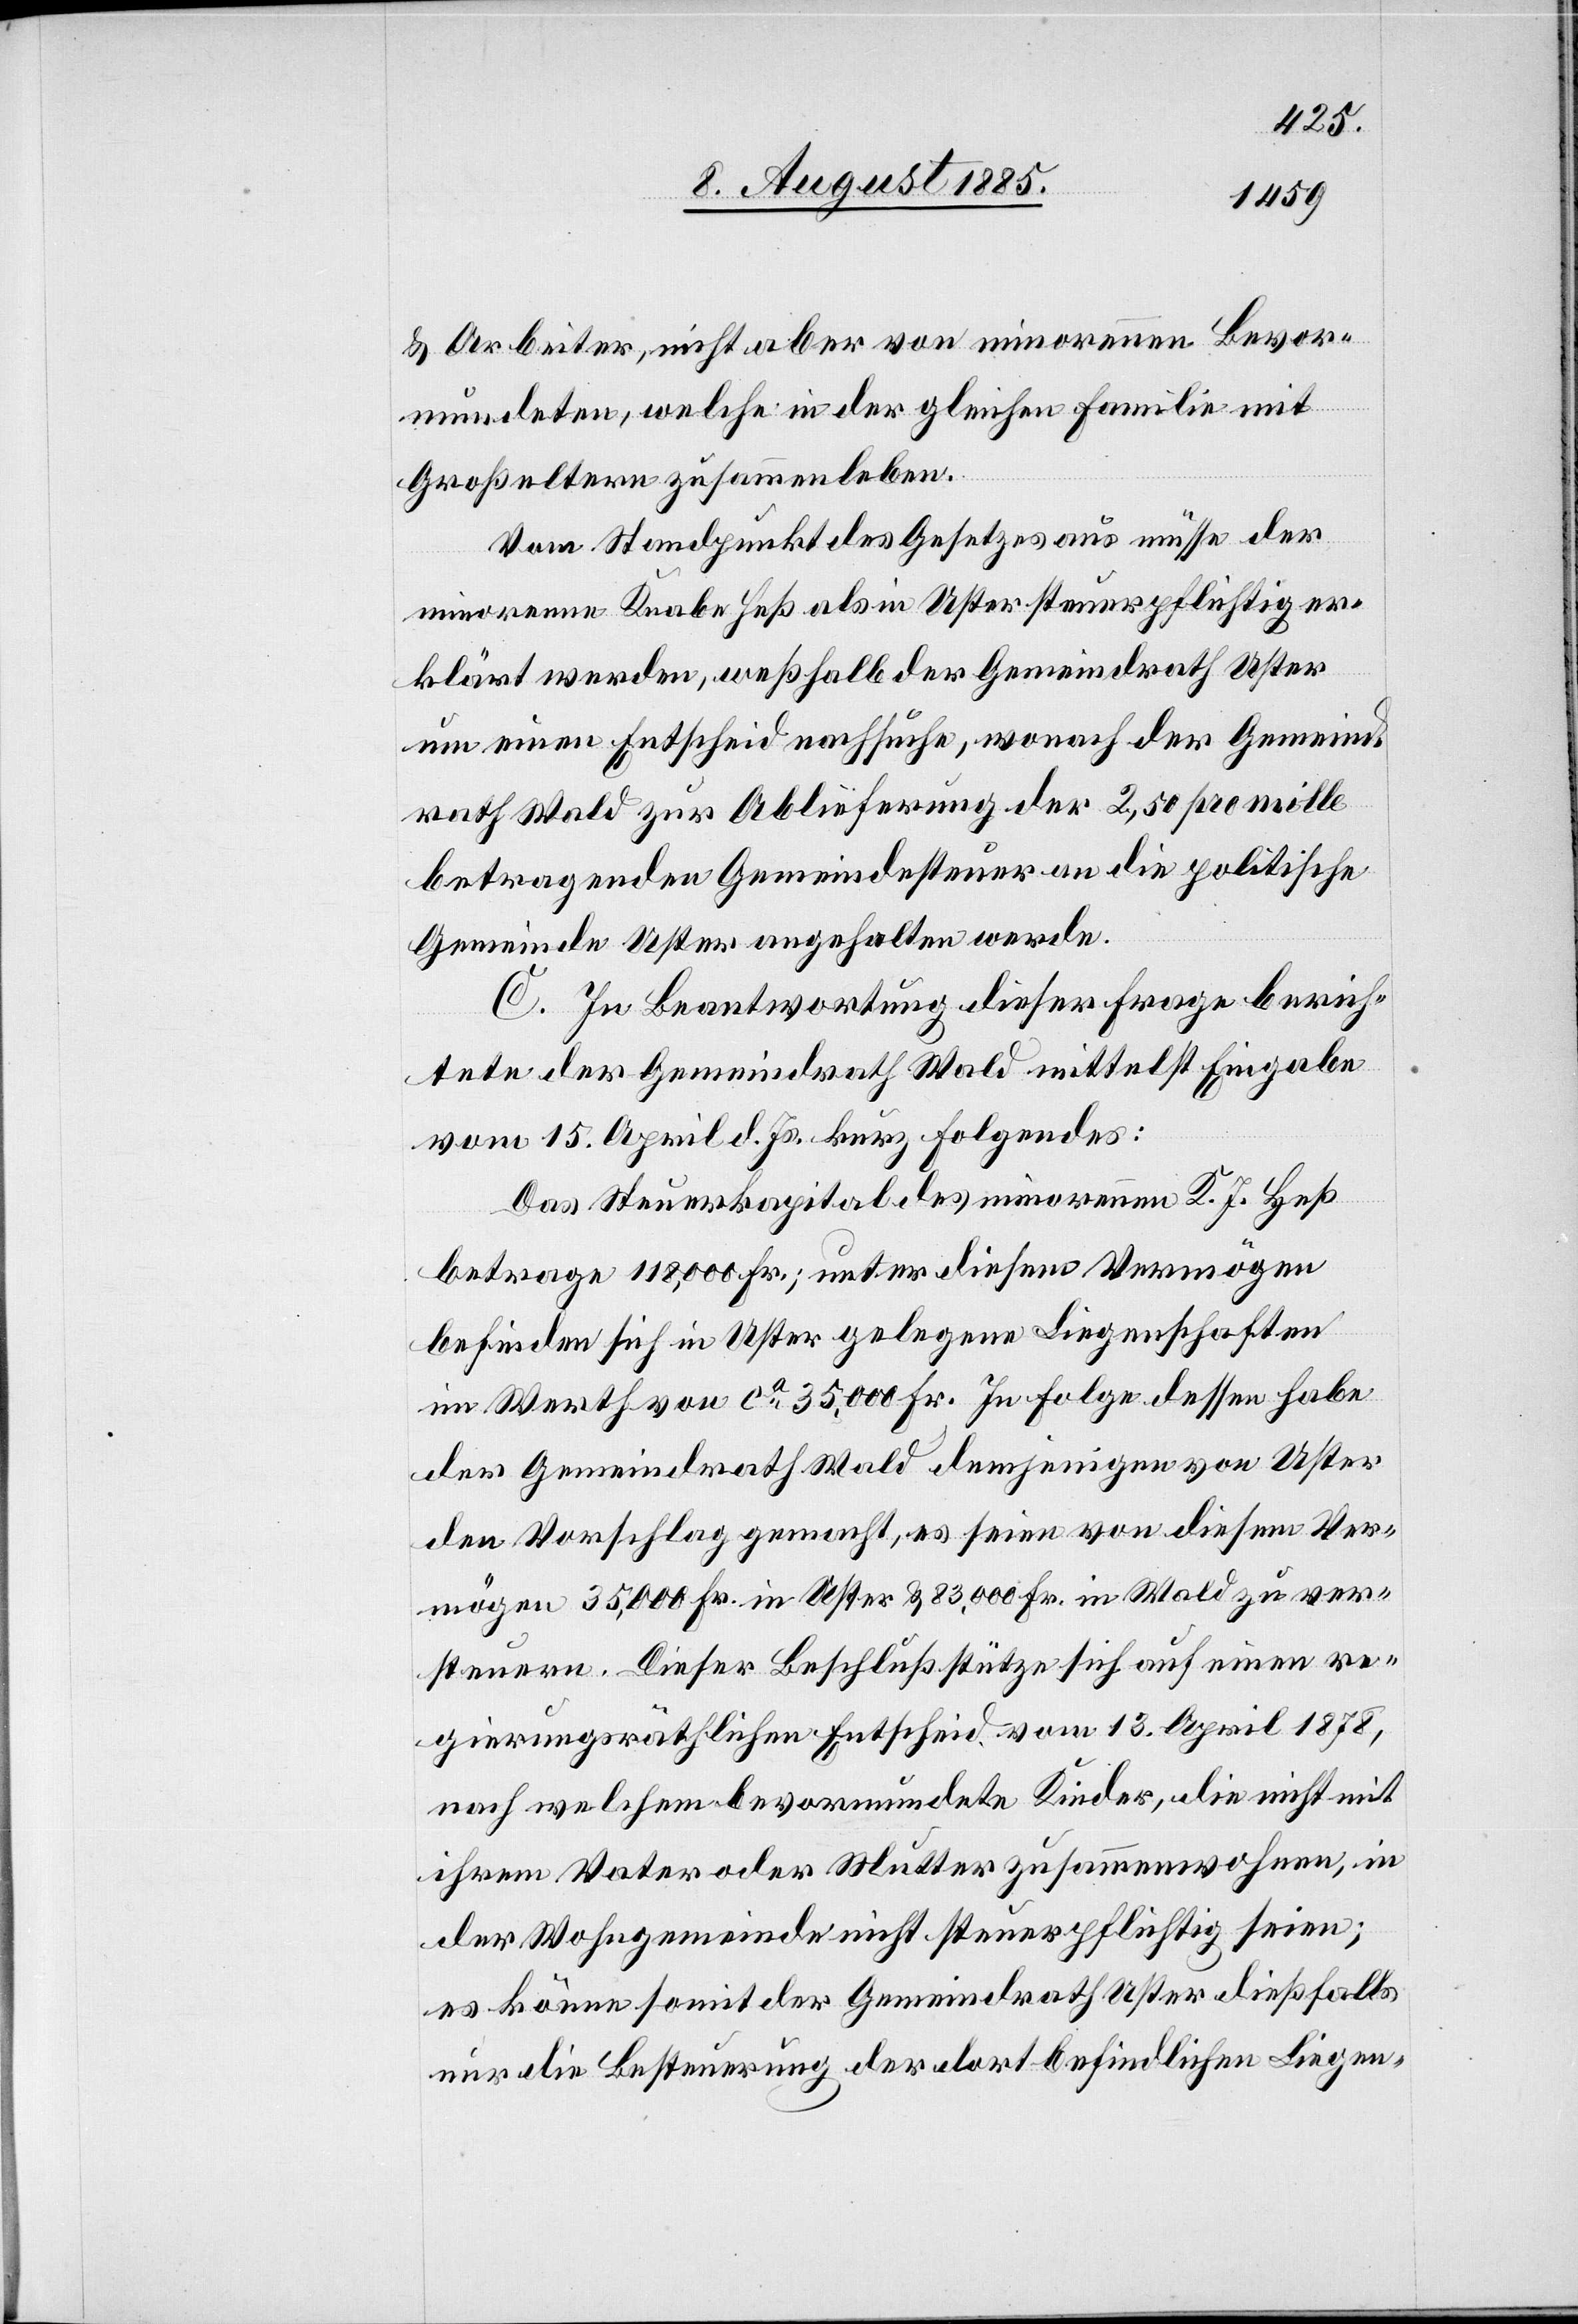
& Arbeiter, nicht aber von minorennen Bevor¬
mundeten, welche in der gleichen Familie mit
Großeltern zusammen leben.
Vom Standpunkt des Gesetzes aus müsse der
minorenne Knabe Heß als in Uster steuerpflichtig er¬
klärt werden, weßhalb der Gemeindrath Uster
um einen Entscheid nachsuche, wonach der Gemeind¬
rath Wald zur Ablieferung der 2,50 pro mille
betragenden Gemeindesteuer an die politische
Gemeinde Uster angehalten werde.
C. In Beantwortung dieser Frage berich¬
tete der Gemeindrath Wald mittelst Eingabe
vom 15. April d. Js. kurz folgendes:
Das Steuerkapital des minorennen K. J. Heß
betrage 118,000 Fr., unter diesem Vermögen
befinden sich in Uster gelegene Liegenschaften
im Werth von ca 35,000 Fr. In Folge dessen habe
der Gemeindrath Wald demjenigen von Uster
den Vorschlag gemacht, es seien von diesem Ver¬
mögen 35,000 Fr. in Uster & 83,000 Fr. in Wald zu ver¬
steuern. Dieser Beschluß stütze sich auf einen re¬
gierungsräthlichen Entscheid vom 13. April 1878,
nach welchem bevormundete Kinder, die nicht mit
ihrem Vater oder Mutter zusammenwohnen, in
der Wohngemeinde nicht steuerpflichtig seien;
es könne somit der Gemeindrath Uster dießfalls
nur die Besteuerung der dort befindlichen Liegen-